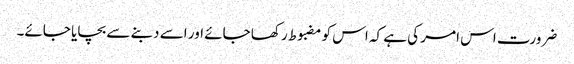
ضرورت اس امر کی ہے کہ اس کو مضبوط رکھا جائے اور اسے دبنے سے بچایا جائے۔